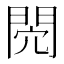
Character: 𨳻